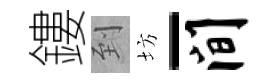
鏤到坊-间